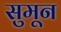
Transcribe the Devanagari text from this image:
सुमून